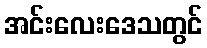
အင်းလေးဒေသတွင်